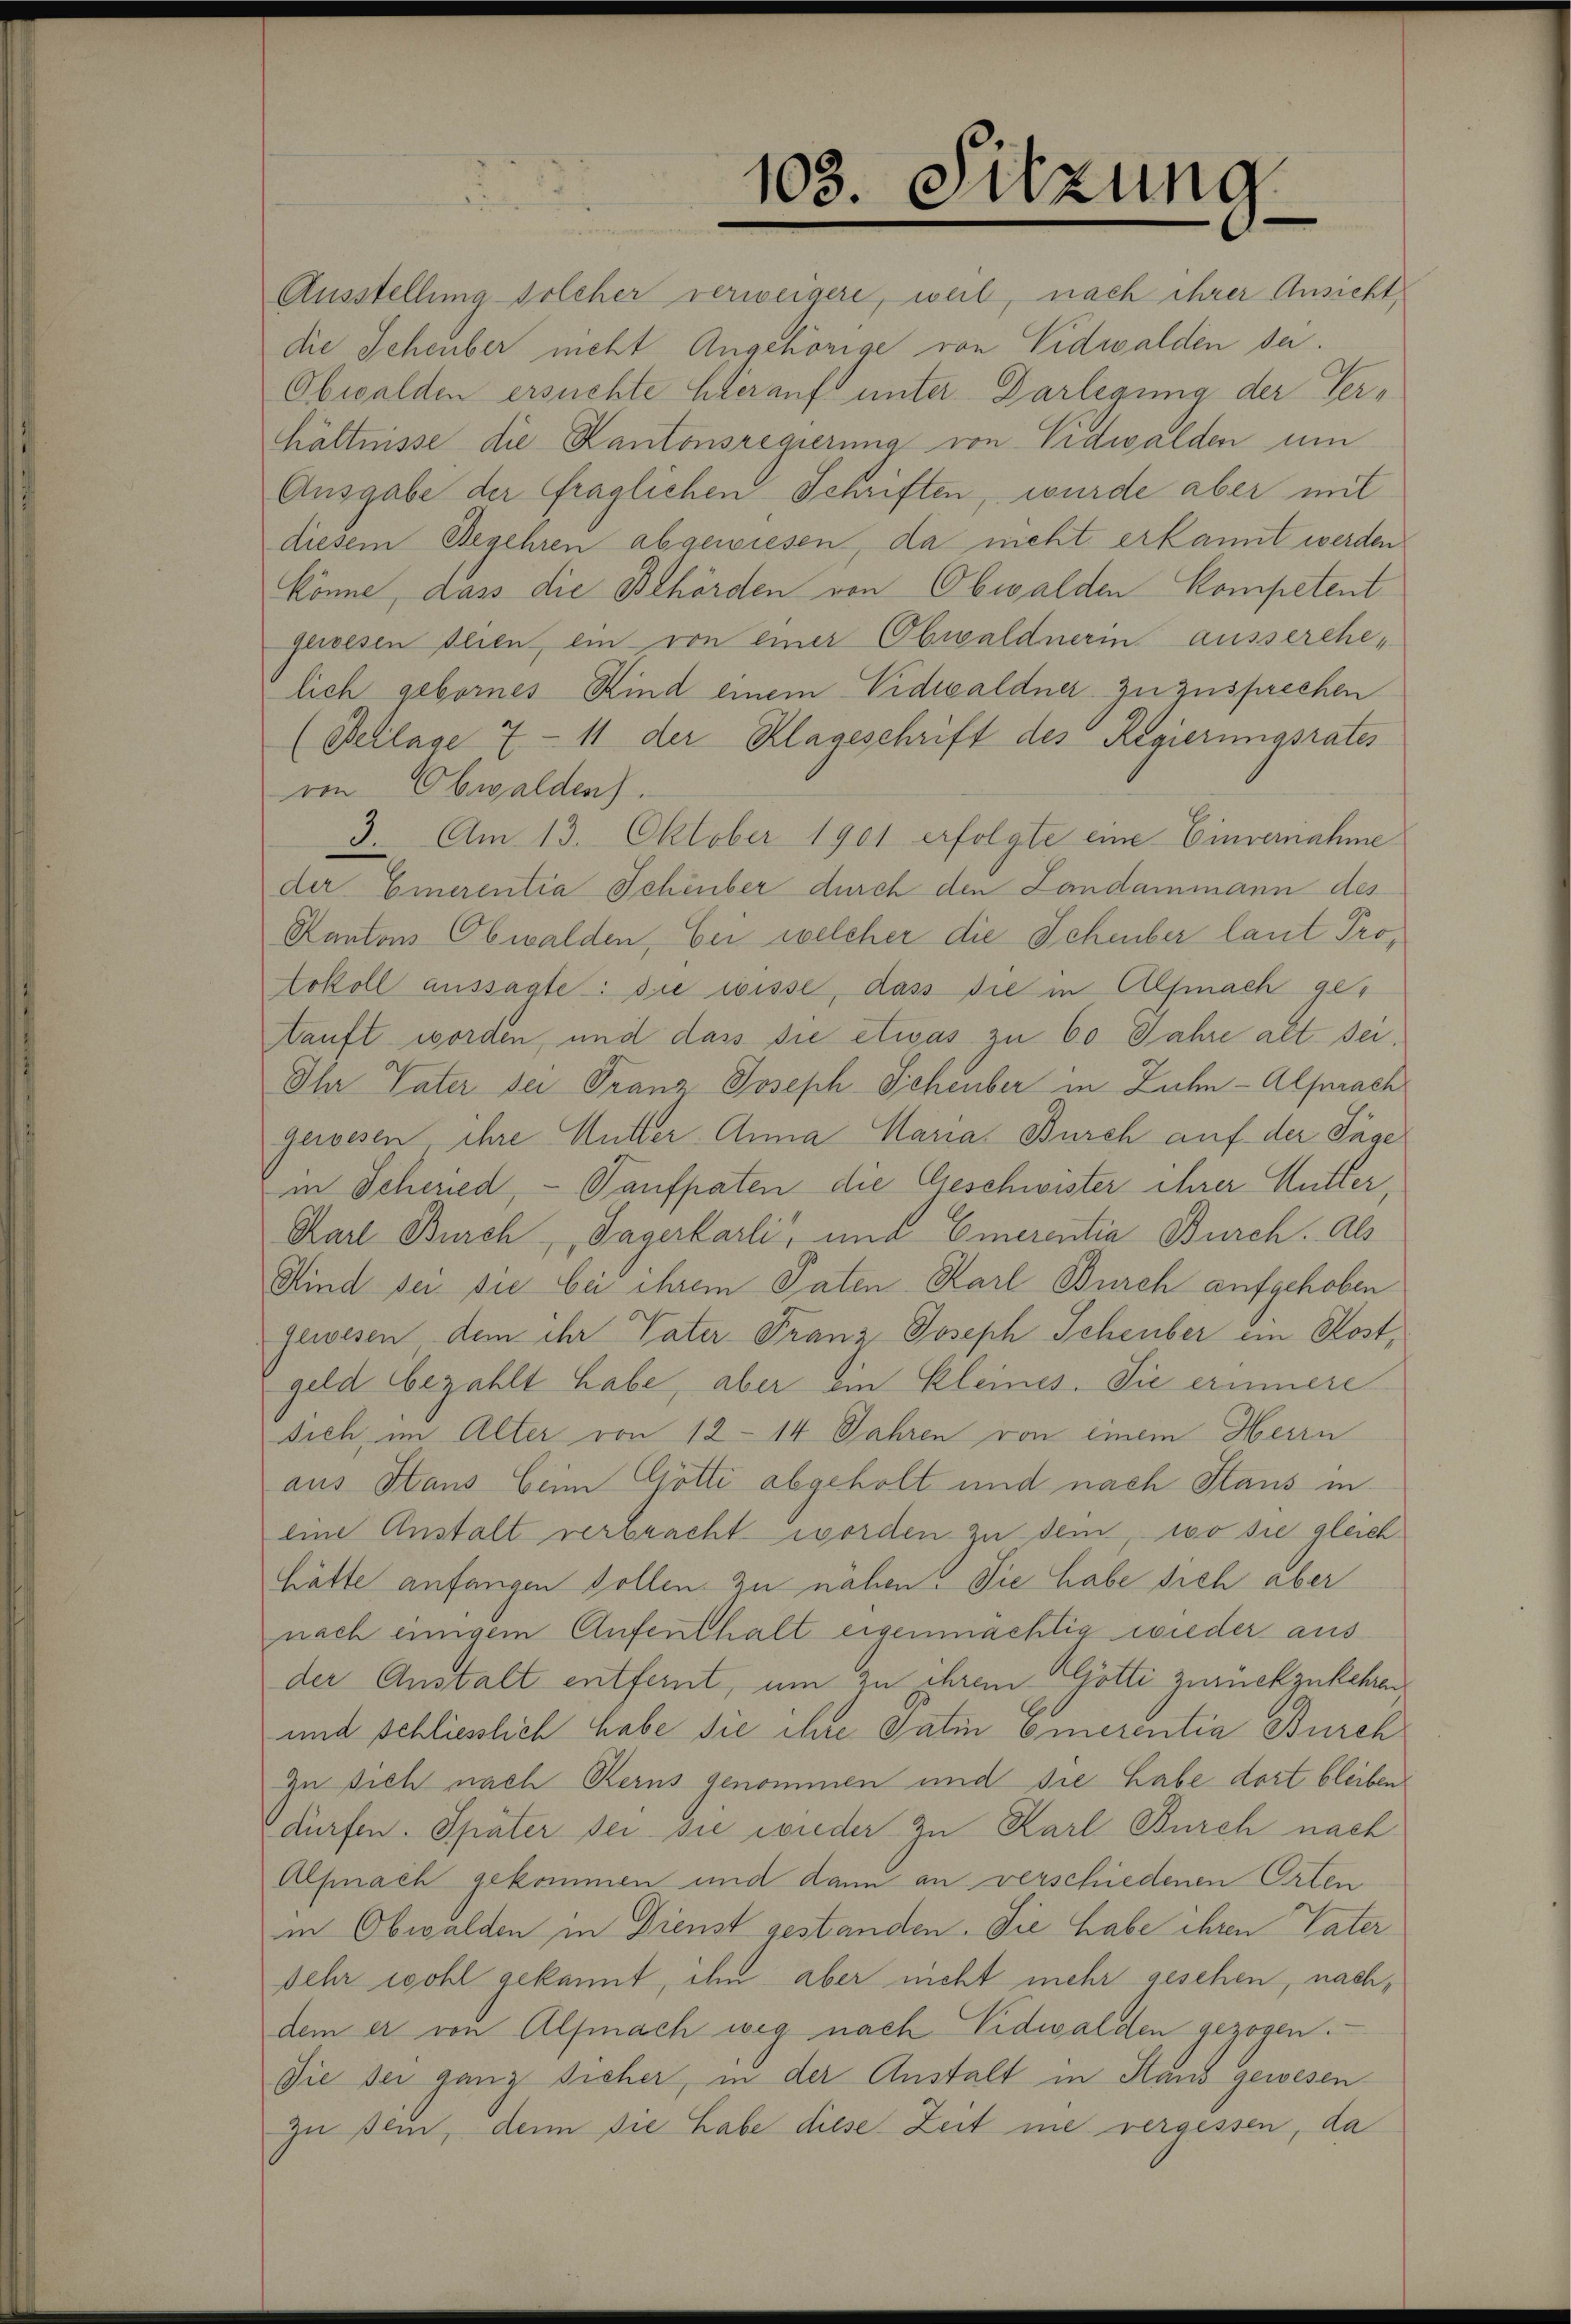
ren Obwalden).

103. Sitzung

Ausstellung solcher verweigere, weil, nach ihrer Ansicht
die Scheuber nicht Angehörige von Nidwalden sei.
Obwalden ersuchte hierauf unter Darlegung der Verhältnisse die Kantonsregierung von Vidwalden um
Ausgabe der fraglichen Schriften, wurde aber mit
diesem Begehren abgewiesen da nicht erkannt werden
könne, dass die Behörden von Obwalden Kompetent
gewesen seien, ein von einer Obwaldnerin ausserehelich gebornes Kind einem Vidwaldner zu zusprechen
(Beilage 7 - 11 der Klageschrift des Regierungsrates
3 Am 13. Oktober 1901 erfolgte eine Einvernahme
der Einerentia Schönber durch den Landammann des
Kantons Obwalden, bei welcher die Schenber laut Protokoll aussagte: die wisse, dass sie in Alfmnach getauft worden, und dass sie etwas zu 60 Jahre alt sei,
Ihr Vater sei Franz Joseph Schenber in Zuhn-Alprach
gewesen ihre Mutter Anna Maria Burch auf der Tage
in Scheried, - Taufpaten die Geschwister ihrer Mutter,
Karl Burch, Sagerbarli, und Emerentia Burch. Als
Kind sei sie bei ihrem Paten Karl Burch aufgehoben
gewesen dem ihr Vater Franz Joseph Scheuber im Kostgeld bezahlt habe, aber ein kleines. Sie erinnere
Dich im Alter von 12 - 14 Jahren von einem Herrn
aus Staus beim Götti abgeholt und nach Staus in
eine Anstalt verbracht worden zu dem, wo sie gleich
hätte anfangen sollen zu nahen. Sie habe sich aber
nach einigem Aufenthalt eigenmächtig wieder aus
der Anstalt entfernt, um zu ihrem Götti zurückzukehren
und schlieslich habe sie ihre Patin omnerentia Burch
Zu sich nach Kerns genommen und sie habe dort bleiben
dürfen. Später sei sie wieder zu Karl Burch nach
Alfnach gekommen und dann an verschiedenen Orten
in Obwalden in Dienst gestanden. Die habe ihren Vater
Sehr wohl gekannt, ihm aber nicht mehr gesehen, nachdem er von Alfmach weg nach Nidwalden gezogen.
Sie sei ganz sicher, in der Anstalt in Stand gewesen
zu sein, denn sie habe diese Zeit nie vergessen, da